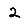
Digit: 2